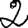
Digit: 2